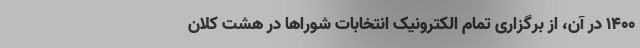
۱۴۰۰ در آن، از برگزاری تمام الکترونیک انتخابات شوراها در هشت کلان